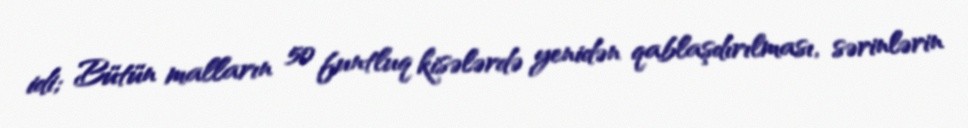
idi; Bütün malların 50 funtluq kisələrdə yenidən qablaşdırılması, sərinlərin